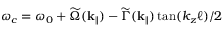
\omega _ { c } = \omega _ { 0 } + \widetilde \Omega ( \mathbf { k } _ { \parallel } ) - \widetilde \Gamma ( { \mathbf { k } _ { \parallel } } ) \tan ( k _ { z } \ell ) / 2